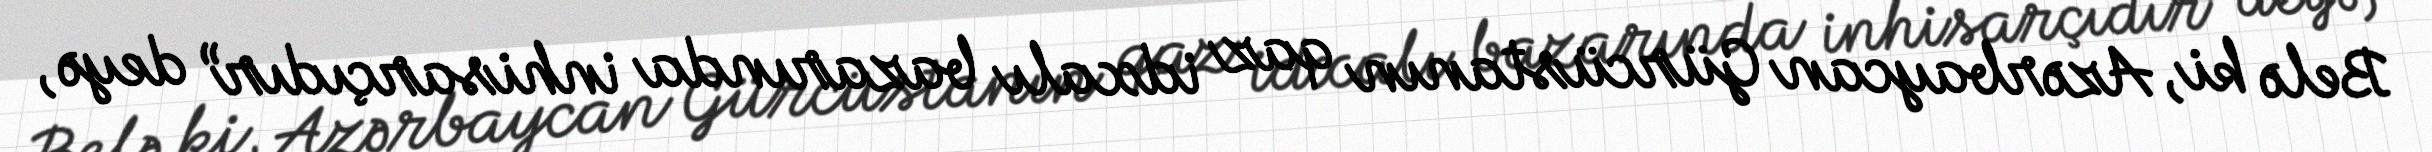
Belə ki, Azərbaycan Gürcüstanın qaz idxalı bazarında inhisarçıdır” deyə,